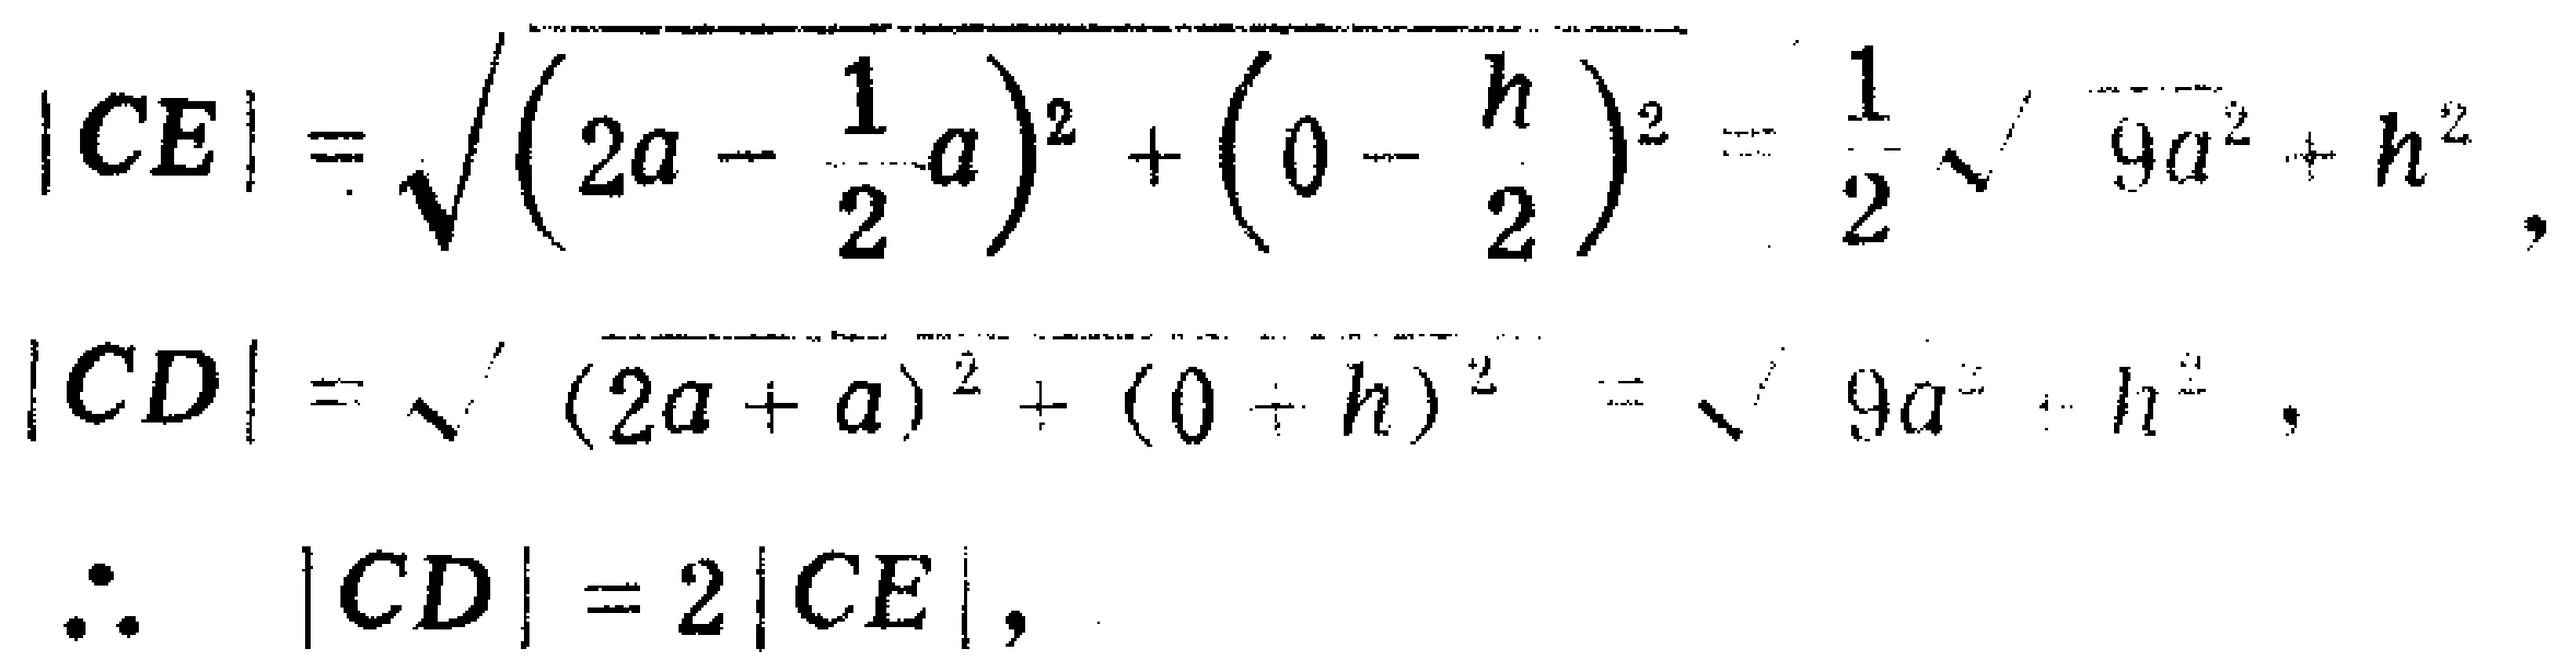
\[

\begin{align*}

|CE|&=\sqrt{(2a - \frac{1}{2}a)^2+(0 - \frac{h}{2})^2}=\frac{1}{2}\sqrt{9a^{2}+h^{2}},\\

|CD|&=\sqrt{(2a + a)^2+(0+h)^2}=\sqrt{9a^{2}+h^{2}},\\

\therefore\quad|CD|&= 2|CE|,

\end{align*}

\]